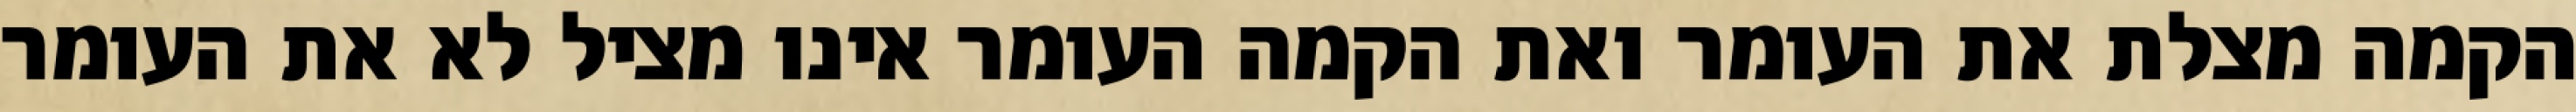
הקמה מצלת את העומר ואת הקמה העומר אינו מציל לא את העומר